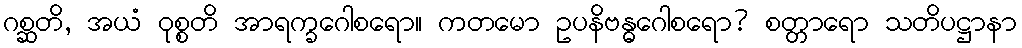
ဂစ္ဆတိ, အယံ ဝုစ္စတိ အာရက္ခဂေါစရော။ ကတမော ဥပနိဗန္ဓဂေါစရော? စတ္တာရော သတိပဋ္ဌာနာ